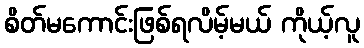
စိတ်မကောင်းဖြစ်ရလိမ့်မယ် ကိုယ့်လူ